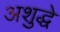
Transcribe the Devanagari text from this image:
अशुद्धे